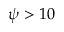
\psi > 1 0